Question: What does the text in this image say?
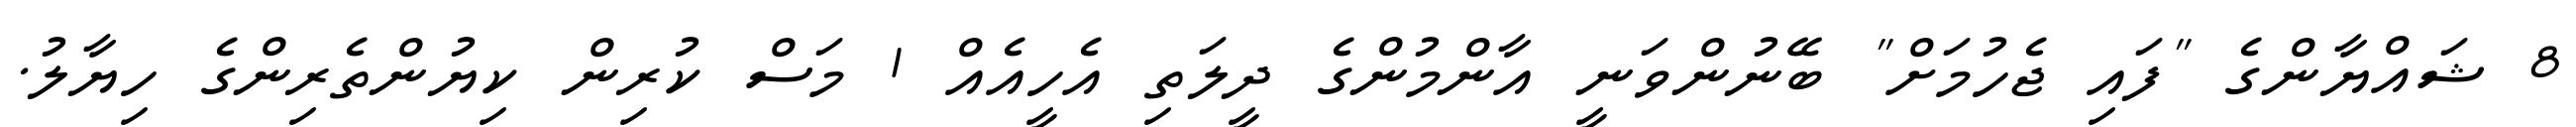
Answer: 8 ޝައްޔާންގެ "ފައި ޖެހުމަށް" ބޭނުންވަނީ އާންމުންގެ ދީލަތި އެހީއެއް 1 މަސް ކުރިން ކިޔުންތެރިންގެ ހިޔާލު.